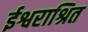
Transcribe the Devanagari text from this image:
ईश्वराश्रित